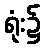
ရုံး၌